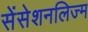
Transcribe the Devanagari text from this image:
सेंसेशनलिज्म